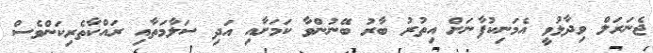
ޖެނަރަލް ވިދާޅުވީ އެމަނިކުފާނަށް އިތުރު ބާރު ބޭނުންވާ ކަމަށާއި އަދި ސަލާމަތާއި ރައްކާތެރިކަންވެސް